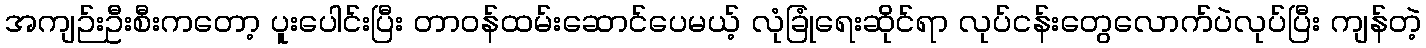
အကျဉ်းဦးစီးကတော့ ပူးပေါင်းပြီး တာဝန်ထမ်းဆောင်ပေမယ့် လုံခြုံရေးဆိုင်ရာ လုပ်ငန်းတွေလောက်ပဲလုပ်ပြီး ကျန်တဲ့